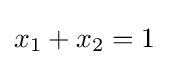
x_{1}+x_{2}=1